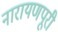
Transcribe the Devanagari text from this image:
नारायणपूरी